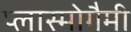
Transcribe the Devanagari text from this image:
प्लास्मोगैमी